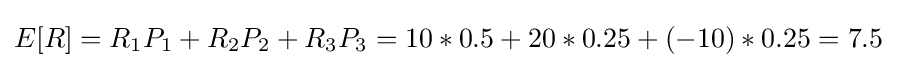
E[R]=R_{1}P_{1}+R_{2}P_{2}+R_{3}P_{3}=10*0.5+20*0.25+(-10)*0.25=7.5